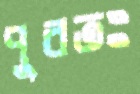
পুরতঃ